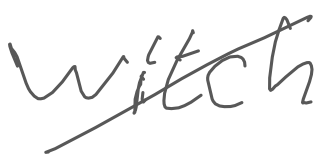
Text: witch
Cross-out: diagonal
Writing tool: digital_gray